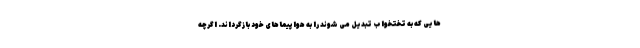
هایی که به تختخواب تبدیل می شوند را به هواپیماهای خود بازگرداند. اگرچه